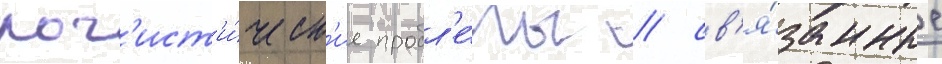
лог'ист'и́ческ'ие пробл'е́мы / св'я́занные